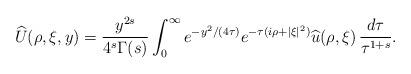
LaTeX: \begin{align*}\widehat{U}(\rho,\xi,y)= \frac{y^{2s}}{4^s\Gamma(s)}\int_0^\infty e^{-y^2/(4\tau)}e^{-\tau(i\rho+|\xi|^2)}\widehat{u}(\rho,\xi)\,\frac{d\tau}{\tau^{1+s}}.\end{align*}